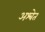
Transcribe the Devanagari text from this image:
अश्‍वेत